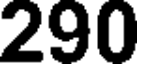
290